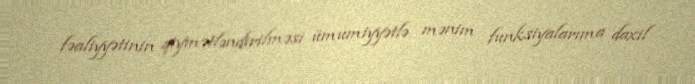
fəaliyyətinin qiymətləndirilməsi ümumiyyətlə mənim funksiyalarıma daxil